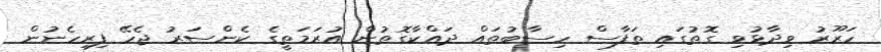
ހަރޫރު ވިދާޅުވި ގޮތުގައި ތަފާސް ހިސާބުތައް ދައްކާގޮތުން އުރަމަތީގެ ކެންސަރު ޖެހޭ ފިރިހެނުން